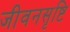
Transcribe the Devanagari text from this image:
जीवनसृष्टि